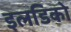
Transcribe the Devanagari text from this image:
इलडिको